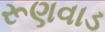
રૂણવાડ